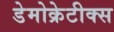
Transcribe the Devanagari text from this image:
डेमोक्रेटीक्स